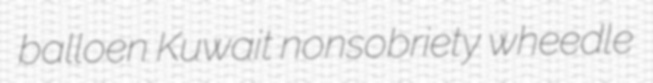
balloen Kuwait nonsobriety wheedle